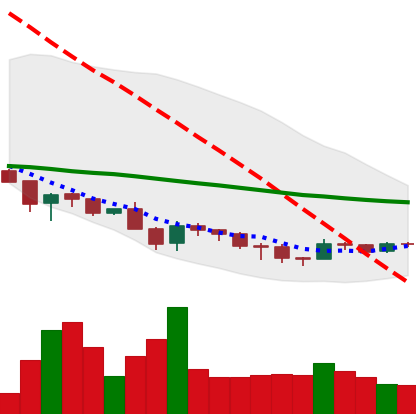
Ticker: DOGE-USD
Chart end date: 2018-12-02
Forward return: -6.322%
Label: down_5_7